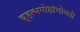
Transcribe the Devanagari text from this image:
बृहत्भगोष्ठांभोवती